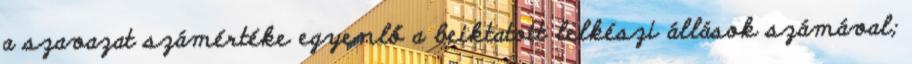
a szavazat számértéke egyenlő a beiktatott lelkészi állások számával;